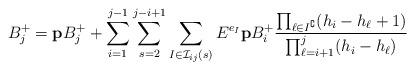
LaTeX: \begin{align*}B_j^+=\mathbf{p}B_j^++\sum_{i=1}^{j-1}\sum_{s=2}^{j-i+1}\sum_{I\in \mathcal{I}_{ij}(s)} E^{e_I}\mathbf{p}B_i^+\frac{\prod_{\ell\in I^\complement} (h_i-h_\ell+1)}{\prod_{\ell=i+1}^{j} (h_i-h_\ell)}\end{align*}